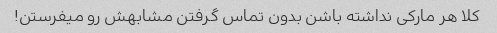
کلا هر مارکی نداشته باشن بدون تماس گرفتن مشابهش رو میفرستن!